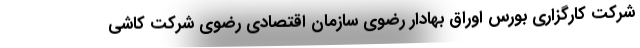
شرکت کارگزاری بورس اوراق بهادار رضوی سازمان اقتصادی رضوی شرکت کاشی